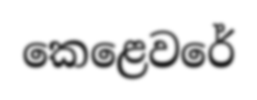
කෙළෙවරේ